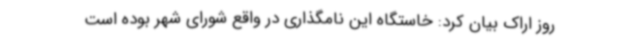
روز اراک بیان کرد: خاستگاه این نامگذاری در واقع شورای شهر بوده است